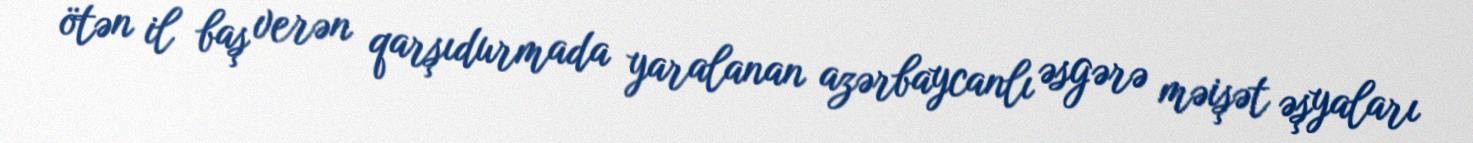
ötən il baş verən qarşıdurmada yaralanan azərbaycanlı əsgərə məişət əşyaları